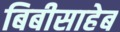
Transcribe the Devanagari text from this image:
बिबीसाहेब